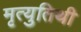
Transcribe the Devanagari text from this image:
मृत्युतिथी